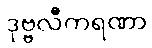
ဒုဗ္ဗလီကရဏာ